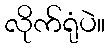
လိုက်ရုံပဲ။